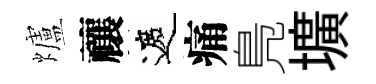
爐禳遮痛鳬壙